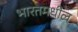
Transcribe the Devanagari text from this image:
भारतमधील